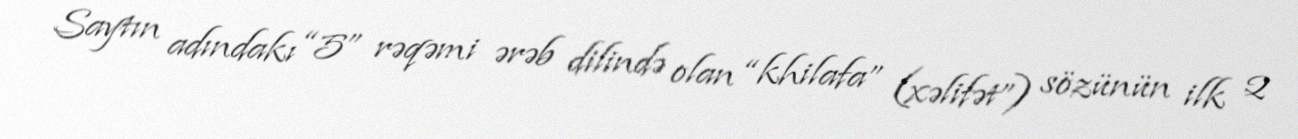
Saytın adındakı “5” rəqəmi ərəb dilində olan “khilafa” (xəlifət”) sözünün ilk 2